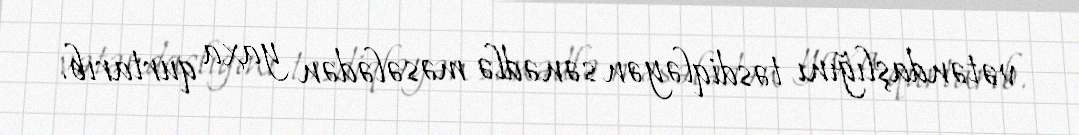
vətəndaşlığını təsdiqləyən sənədlə məsələdən yaxa qurtarıb.